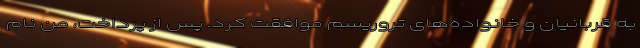
به قربانیان و خانواده‌های تروریسم موافقت کرد. پس از پرداخت، من نام